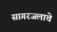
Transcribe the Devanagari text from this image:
सागरजलाचे